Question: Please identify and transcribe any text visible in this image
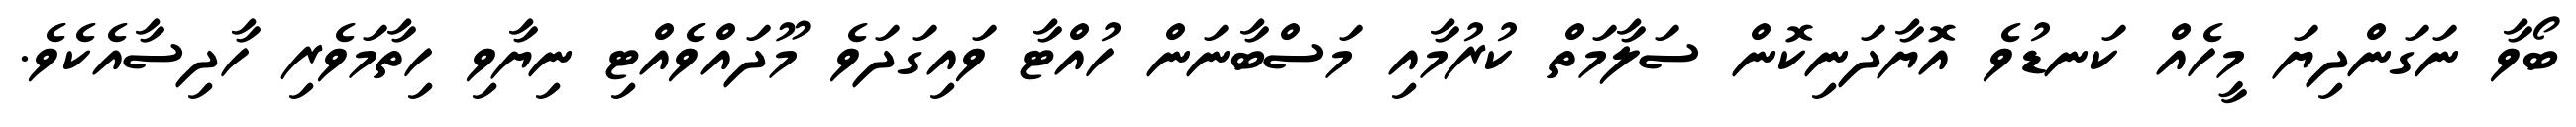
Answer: ބޯވާ ނަގަންދިޔަ މީހެއް ކަނޑުވެ އޮޔާދަނިކޮން ސަލާމަތް ކުރުމާއި މަސްބާނަން ހުއްޓާ ވައިގަދަވެ މޫދައްވެއްޓި ނިޔާވި ހިތާމަވެރި ހާދިސާއެކެވެ.